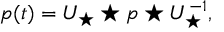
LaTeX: p ( t ) = U _ { \star } \star p \star U _ { \star } ^ { - 1 } ,